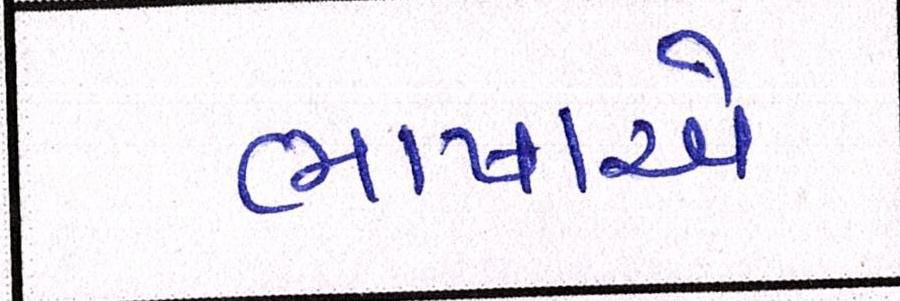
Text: ભાષાએ